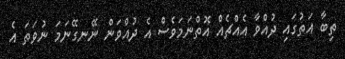
ތިބާ އަތުގައި ދުއްވާ އެއްޗެއް އޮތްނަމަވެސް އެ ދުއްވަން ނޭނގޭނަމަ ނުވަތަ އެ